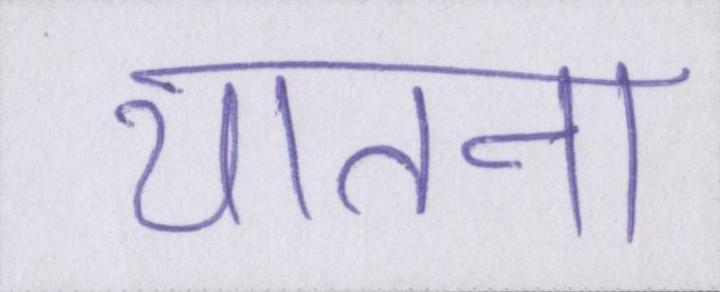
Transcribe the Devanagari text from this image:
यातना